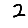
Digit: 2